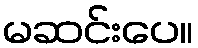
မဆင်းပေ။